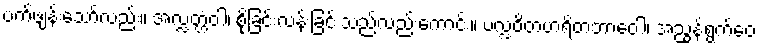
ပက်ဖျန်းသော်လည်း။ အလ္လတ္တံဝါ၊ စိုခြင်းလန်းခြင်းသည်လည်းကောင်း။ ပလ္လဝိတဟရိတဘာဝေါ၊ အညွန့်ရွက်ဝေ